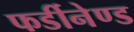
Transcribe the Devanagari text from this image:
फर्डीनेण्ड